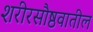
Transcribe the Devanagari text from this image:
शरीरसौष्ठवातील